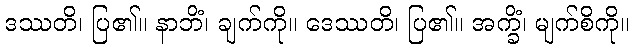
ဒဿတိ၊ ပြ၏။ နာဘိံ၊ ချက်ကို။ ဒေဿတိ၊ ပြ၏။ အက္ခိံ၊ မျက်စိကို။